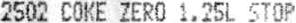
2502 COKE ZERO 1.25L STOP